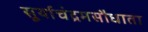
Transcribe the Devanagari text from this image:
सूर्याचंद्रमसौधाता